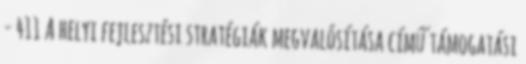
- 411 A helyi fejlesztési stratégiák megvalósítása című támogatási